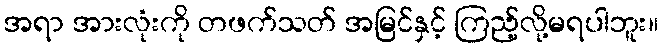
အရာ အားလုံးကို တဖက်သတ် အမြင်နှင့် ကြည့်လို့မရပါဘူး။